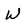
Character: W